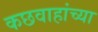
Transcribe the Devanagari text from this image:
कछवाहांच्या